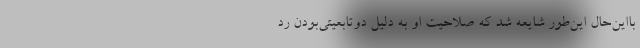
بااین‌حال این‌طور شایعه شد که صلاحیت او به ‌دلیل دوتابعیتی‌بودن رد